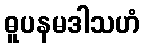
ဓူပနမဒါသဟံ